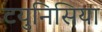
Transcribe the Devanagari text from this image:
टयुनिसिया